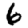
Digit: 6